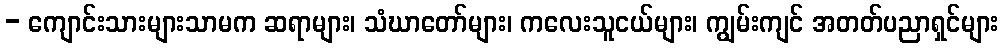
- ကျောင်းသားများသာမက ဆရာများ၊ သံဃာတော်များ၊ ကလေးသူငယ်များ၊ ကျွမ်းကျင် အတတ်ပညာရှင်များ